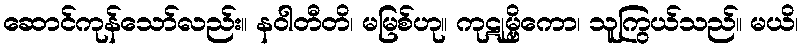
ဆောင်ကုန်သော်လည်း။ နဝါတီတိ၊ မမြစ်ဟု။ ကုဋုမ္ဗိကော၊ သူကြွယ်သည်။ မယိ၊